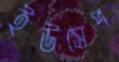
ইউসেপ